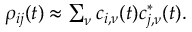
\begin{array} { r } { \rho _ { i j } ( t ) \approx \sum _ { \nu } c _ { i , \nu } ( t ) c _ { j , \nu } ^ { \ast } ( t ) . } \end{array}